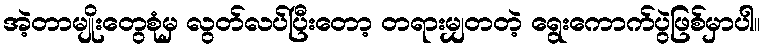
အဲ့တာမျိုးတွေစုံမှ လွတ်လပ်ပြီးတော့ တရားမျှတတဲ့ ရွေးကောက်ပွဲဖြစ်မှာပါ။